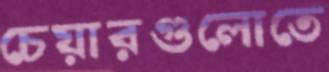
চেয়ারগুলোতে